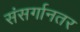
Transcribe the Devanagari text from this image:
संसर्गानतर